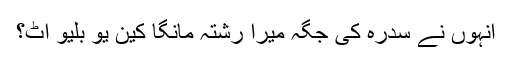
انہوں نے سدرہ کی جگہ میرا رشتہ مانگا کین یو بلیو اٹ؟